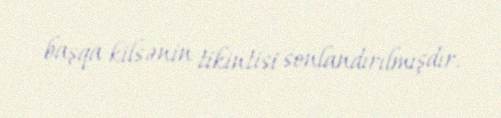
başqa kilsənin tikintisi sonlandırılmışdır.